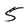
Character: 5